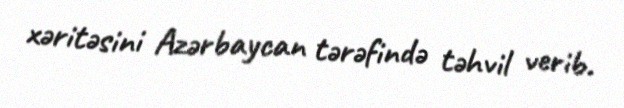
xəritəsini Azərbaycan tərəfində təhvil verib.